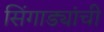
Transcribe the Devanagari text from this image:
सिंगाड्यांची